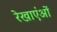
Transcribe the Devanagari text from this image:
रेखाएंओं